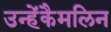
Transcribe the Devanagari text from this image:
उन्हेंकैमलिन